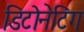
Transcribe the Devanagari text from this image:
डिटोनेटिंग